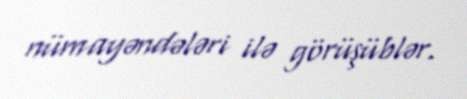
nümayəndələri ilə görüşüblər.